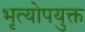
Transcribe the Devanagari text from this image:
भृत्योपयुक्त